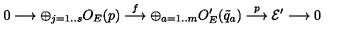
0 \longrightarrow \oplus _ { j = 1 . . s } O _ { E } ( p ) \stackrel { f } { \longrightarrow } \oplus _ { a = 1 . . m } O _ { E } ^ { \prime } ( { \tilde { q } _ { a } } ) \stackrel { p } { \longrightarrow } { \cal E ^ { \prime } } \longrightarrow 0